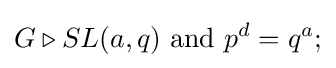
G\triangleright SL(a,q){\text{ and }}p^{d}=q^{a};